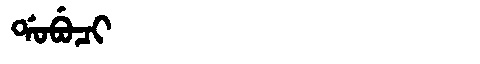
Manchu: ᡩᠣᠪᡠᠴᡳ
Romanization: DOBUCI